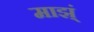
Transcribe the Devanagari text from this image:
माझ्ं